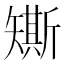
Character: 𥐀